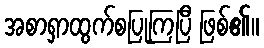
အစာရှာထွက်စပြုကြပြီ ဖြစ်၏။